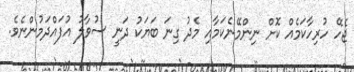
ޖެހޭ ހުރިހާކަމެއް ކޮށް ނިންމޭނެކަމާއި މެދު ގިނަ ބަޔަކު ދަނީ ސުވާލު އުފައްދަމުންނެވެ.